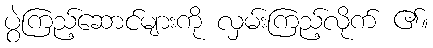
ပွဲကြည့်ဆောင်များကို လှမ်းကြည့်လိုက် ၏။